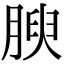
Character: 腴